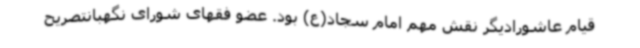
قیام عاشورادیگر نقش مهم امام سجاد(ع) بود. عضو فقهای شورای نگهبانتصریح